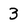
Character: 3